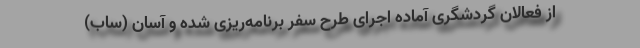
از فعالان گردشگری آماده اجرای طرح سفر برنامه‌ریزی شده و آسان (ساب)